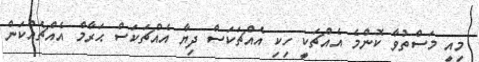
މިއީ މަސްތުވާ ކޮންމެ އެއްޗަކީ ހިކި އެއްޗަކަސް ދިޔާ އެއްޗަކަސް ޙަރާމް އެއްޗެއްކަން